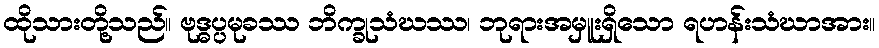
ထိုသားတို့သည်။ ဗုဒ္ဓပ္ပမုခဿ ဘိက္ခုသံဃဿ၊ ဘုရားအမှူးရှိသော ရဟန်းသံဃာအား။